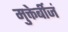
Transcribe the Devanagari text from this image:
मुक्तेर्बीजं